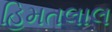
હિમતલાલ